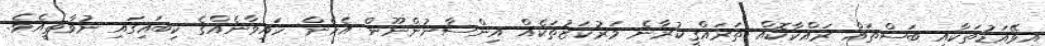
އިވޭއަޑުތަކާއި ބަސްތައް ރައްކާކޮއް ތަރައްޤީކުރާނެ މަރުކަޒުތަކެއް އިންސާނުންނޫން އެހެން ހައިވާނެއްގެ ކިބައިގައި ނުވާތީއެވެ.